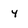
Character: 4